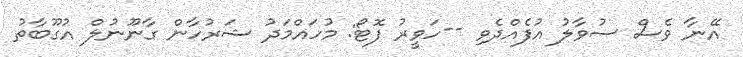
އޭނާ ވެސް ސުވާލު އުފެއްދެވި --ހަވީރު ފޮޓޯ: މުހައްމަދު ޝަރުހާން ގާނޫނުލް އުގޫބާތު